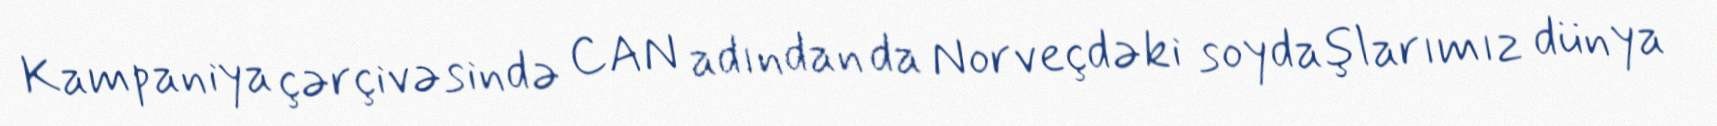
Kampaniya çərçivəsində CAN adından da Norveçdəki soydaşlarımız dünya